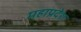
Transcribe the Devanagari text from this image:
महाप्रदेश